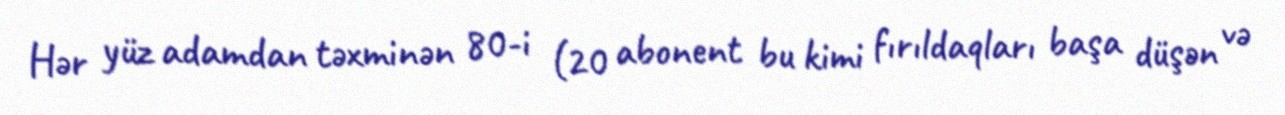
Hər yüz adamdan təxminən 80-i (20 abonent bu kimi fırıldaqları başa düşən və